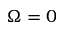
\Omega = 0